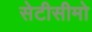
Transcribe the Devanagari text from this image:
सेटीसीमो